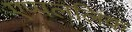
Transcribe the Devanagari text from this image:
एप्पललिंक